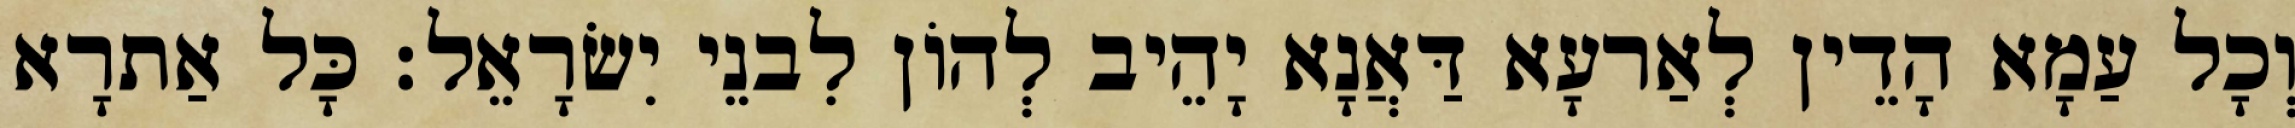
וְכָל עַמָא הָדֵין לְאַרעָא דַּאֲנָא יָהֵיב לְהוֹן לִבנֵי יִשׂרָאֵל׃ כָּל אַתרָא